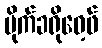
မိုက်ခရိုဝေ့ဖ်